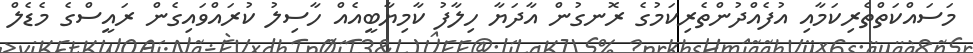
މަސައްކަތްތެރިކަމާއި އުފެއްދުންތެރިކަމުގެ ރޮނގުން އާދަޔާ ހިލާފު ކާމިޔާބީއެއް ހާސިލު ކުރައްވައިގެން ރައީސްގެ މެޑެލް